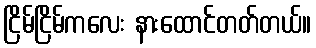
ငြိမ်ငြိမ်ကလေး နားထောင်တတ်တယ်။